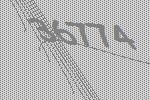
36774